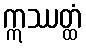
ဣဿတ္ထံ